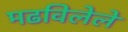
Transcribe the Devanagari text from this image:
मढविलेले